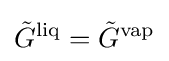
{\tilde {G}}^{\text{liq}}={\tilde {G}}^{\text{vap}}